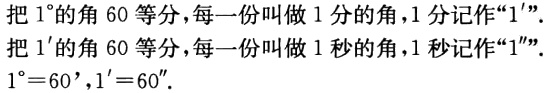
把\(1^{\circ}\)的角\(60\)等分，每一份叫做\(1\)分的角，\(1\)分记作“\(1'\)”。把\(1'\)的角\(60\)等分，每一份叫做\(1\)秒的角，\(1\)秒记作“\(1''\)”。\(1^{\circ}=60'\)，\(1' = 60''\)。